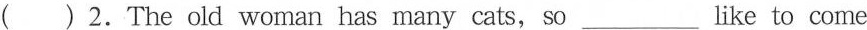
( ) 2.The old woman has many cats, so___like to come